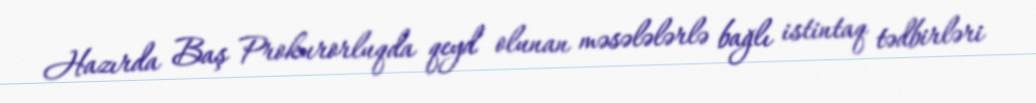
Hazırda Baş Prokurorluqda qeyd olunan məsələlərlə bağlı istintaq tədbirləri